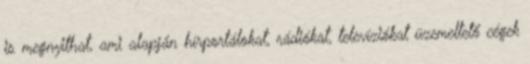
is megnyithat, ami alapján hírportálokat, rádiókat, televíziókat üzemeltető cégek